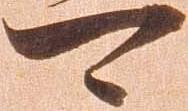
可